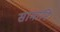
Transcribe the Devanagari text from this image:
सामानि